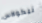
نيكولاس